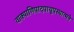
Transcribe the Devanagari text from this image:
वाक्पाणिपादपायूपस्थात्मने